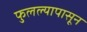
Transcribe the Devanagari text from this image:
फुलल्यापासून